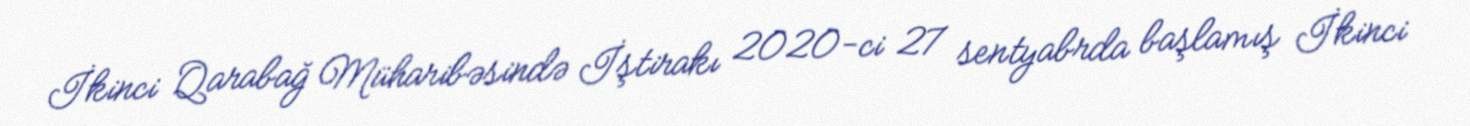
İkinci Qarabağ Müharibəsində İştirakı 2020-ci 27 sentyabrda başlamış İkinci